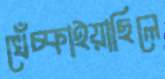
খেঁচ্‌কাইয়াছিলে